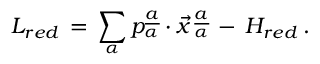
L _ { r e d } \, = \, \sum _ { \alpha } p _ { \alpha } \sp { \underline { { { a } } } } \cdot \vec { x } \, _ { \alpha } \sp { \underline { { { a } } } } \, - \, H _ { r e d } \, .